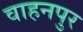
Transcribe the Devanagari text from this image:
वाहनपुर